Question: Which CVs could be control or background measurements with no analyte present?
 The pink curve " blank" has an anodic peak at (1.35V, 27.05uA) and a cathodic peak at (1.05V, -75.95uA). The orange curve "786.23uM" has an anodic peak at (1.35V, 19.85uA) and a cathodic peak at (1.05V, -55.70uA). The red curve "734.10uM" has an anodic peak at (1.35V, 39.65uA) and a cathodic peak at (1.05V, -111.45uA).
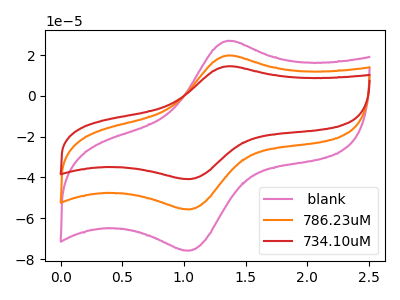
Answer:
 <answer>There are not any CV's on this graph that are likely to be blanks.</answer>
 <eval>none</eval>